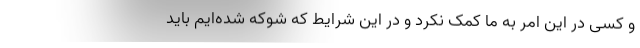
و کسی در این امر به ما کمک نکرد و در این شرایط که شوکه شده‌ایم باید